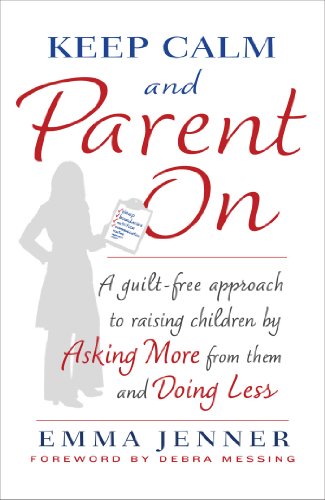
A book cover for Keep Calm and Parent On: A Guilt-Free Approach to Raising Children by Asking More from Them and Doing Less; Emma Jenner; Parenting & Relationships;